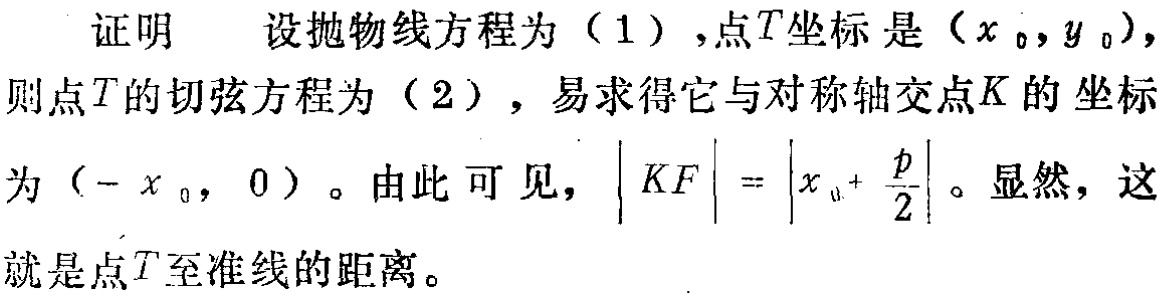
证明 设抛物线方程为（1）,点\(T\)坐标是\((x_0,y_0)\),则点\(T\)的切弦方程为（2）,易求得它与对称轴交点\(K\)的坐标为\((-x_0,0)\)。由此可见，\(\vert KF\vert=\left|x_0 + \frac{p}{2}\right|\)。显然，这就是点\(T\)至准线的距离。